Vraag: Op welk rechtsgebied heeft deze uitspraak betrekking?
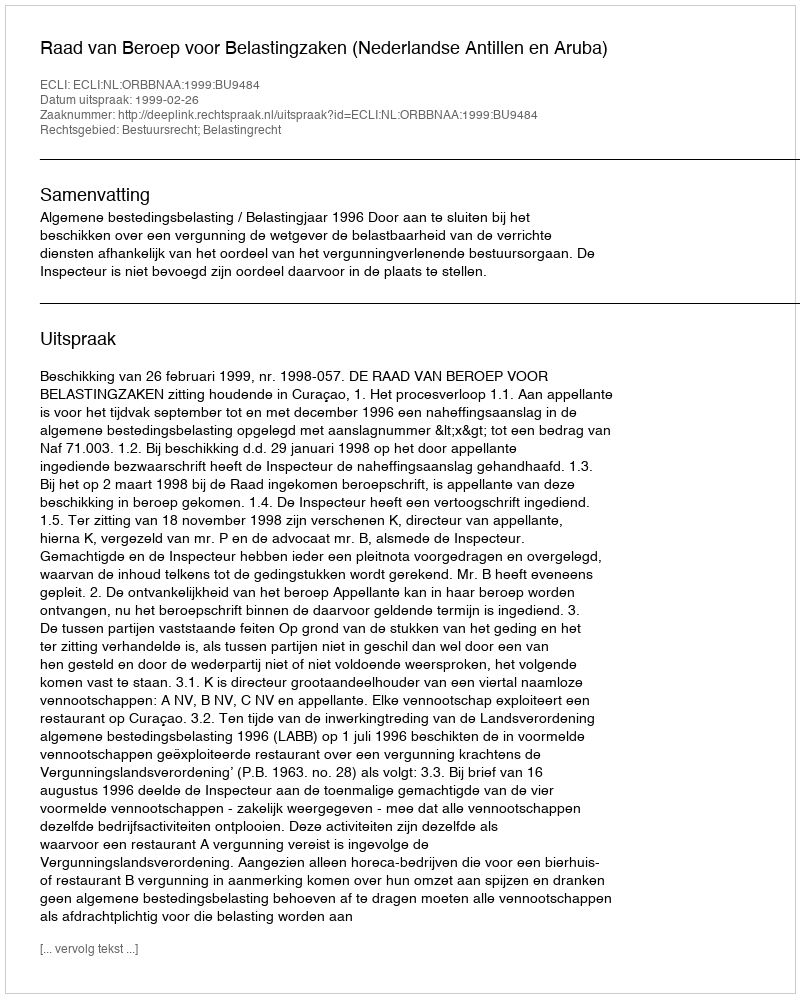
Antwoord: Bestuursrecht; Belastingrecht